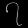
Digit: ၇